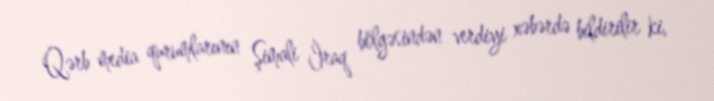
Qərb media qurumlarının Şimali İraq bölgəsindən verdiyi xəbərdə bildirilir ki,